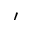
'